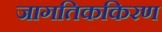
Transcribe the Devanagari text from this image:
जागतिककिरण